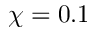
\chi = 0 . 1